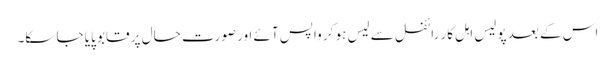
اس کے بعد پولیس اہل کار رائفل سے لیس ہو کر واپس آئے اور صورت حال پر قابو پایا جا سکا۔